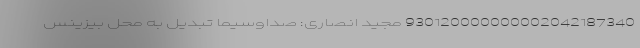
930120000000002042187340 مجید انصاری: صداوسیما تبدیل به محل بیزینس